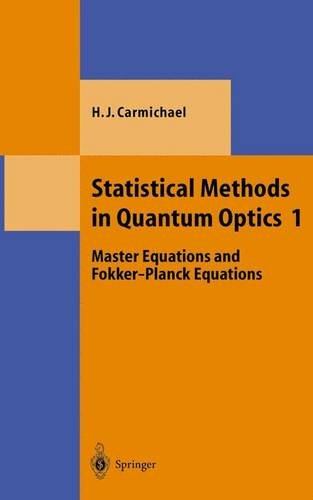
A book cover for Statistical Methods in Quantum Optics 1: Master Equations and Fokker-Planck Equations (Theoretical and Mathematical Physics) (v. 1); Howard J. Carmichael; Science & Math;